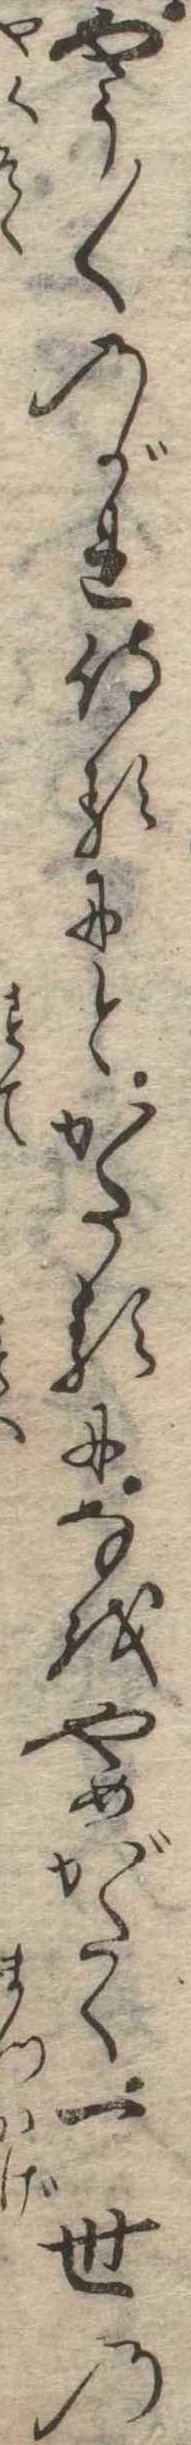
やう〱のがれ侍るにとかたるになをやめがたく一世の